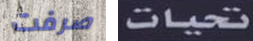
صرفت تحيات